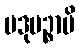
ပဒုမဉ္စာပိ